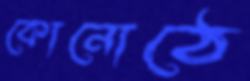
কোনোঠে